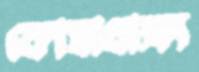
কোষাধাক্ষ্য